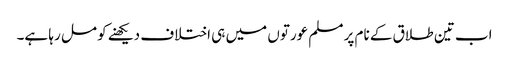
اب تین طلاق کے نام پر مسلم عورتوں میں ہی اختلاف دیکھنے کو مل رہا ہے۔